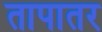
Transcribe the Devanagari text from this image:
तापातर